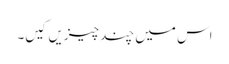
اس میں چند چیزیں کیں۔